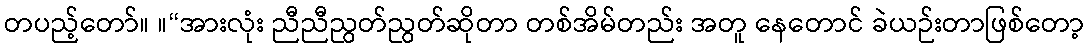
တပည့်တော်။ ။“အားလုံး ညီညီညွတ်ညွတ်ဆိုတာ တစ်အိမ်တည်း အတူ နေတောင် ခဲယဉ်းတာဖြစ်တော့